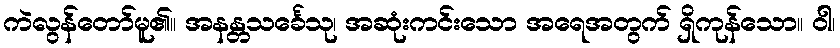
ကဲလွန်တော်မူ၏။ အနန္တသင်္ခေသု၊ အဆုံးကင်းသော အရေအတွက် ရှိကုန်သော။ ဝါ၊